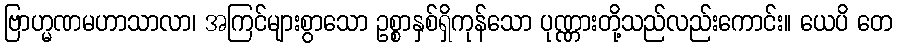
ဗြာဟ္မဏမဟာသာလာ၊ အကြင်များစွာသော ဥစ္စာနှစ်ရှိကုန်သော ပုဏ္ဏားတို့သည်လည်းကောင်း။ ယေပိ တေ